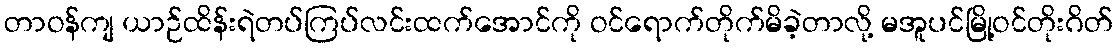
တာဝန်ကျ ယာဉ်ထိန်းရဲတပ်ကြပ်လင်းထက်အောင်ကို ဝင်ရောက်တိုက်မိခဲ့တာလို့ မအူပင်မြို့ဝင်တိုးဂိတ်